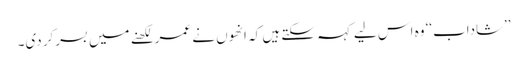
’’شاداب‘‘ وہ اس لیے کہہ سکتے ہیں کہ انھوں نے عمر لکھنے میں بسرکر دی۔